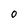
Character: 0